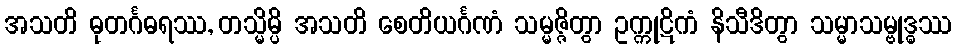
အသတိ ဓုတင်္ဂဓရဿ, တသ္မိမ္ပိ အသတိ စေတိယင်္ဂဏံ သမ္မဇ္ဇိတွာ ဥက္ကုဋိကံ နိသီဒိတွာ သမ္မာသမ္ဗုဒ္ဓဿ